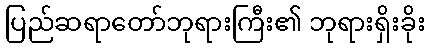
ပြည်ဆရာတော်ဘုရားကြီး၏ ဘုရားရှိးခိုး